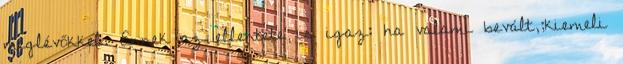
meglévőkkel. Ennek az ellentéte is igaz: ha valami bevált,;kiemeli